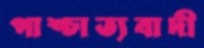
পাশ্চাত্যবাদী